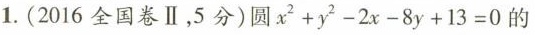
1.(2016全国卷Ⅱ，5分)圆x^{2}+y^{2}-2x-8y+13=0的